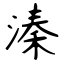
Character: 溱